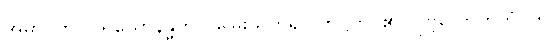
အမာဝကို။ ပရိယောနန္ဓိတွာ၊ မြှေးယှက်၍။ တိဋ္ဌတိ၊ ၏။ ပုဗ္ဗလောဟိတံ၊ ကို။